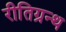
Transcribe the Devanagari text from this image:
रीतिग्रन्थ